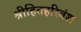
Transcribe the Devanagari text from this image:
श्रीहितहरिवंश